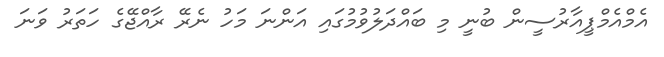
އެމްއެމްޕީއާރުސީން ބުނީ މި ބައްދަލުވުމުގައި އަންނަ މަހު ނެރޭ ރާއްޖޭގެ ހަތަރު ވަނަ